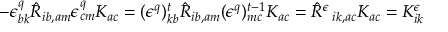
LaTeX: - \epsilon _ { b k } ^ { q } \hat { R } _ { i b , a m } \epsilon _ { c m } ^ { q } K _ { a c } = ( \epsilon ^ { q } ) _ { k b } ^ { t } \hat { R } _ { i b , a m } ( \epsilon ^ { q } ) _ { m c } ^ { t - 1 } K _ { a c } = \hat { R } ^ { \epsilon } \, _ { i k , a c } K _ { a c } = K _ { i k } ^ { \epsilon }